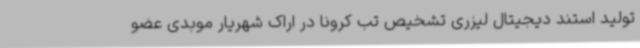
تولید استند دیجیتال لیزری تشخیص تب کرونا در اراک شهریار موبدی عضو